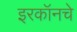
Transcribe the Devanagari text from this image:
इरकॉनचे